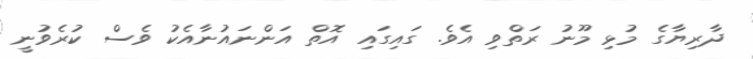
ދާރިޔާގެ މުޅި މޫނު ރަތްވި އެވެ. ގައިގައި އޮތް އަންނައުނާއެކު ވެސް ކުރެވުނީ